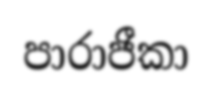
පාරාජීකා